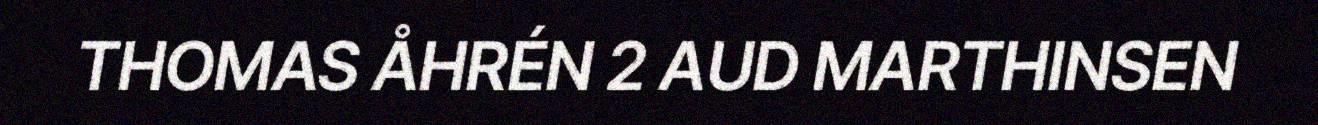
THOMAS ÅHRÉN 2 AUD MARTHINSEN